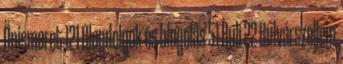
Önismeret 121 Blogdolgok és blogolás 51 Buli 22 Bulvárszellem